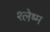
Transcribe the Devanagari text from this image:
श्‍लेष्‍म